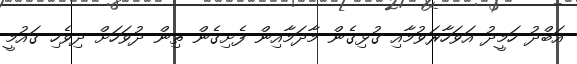
އަބްދު ހަމީދު އަވަހާރަވުމާއި ގުޅިގެން މާދަމާއިން ފެށިގެން ތިން ދުވަހަށް ދިވެހި ގައުމީ